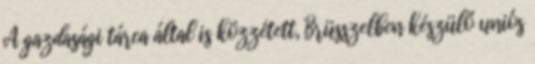
A gazdasági tárca által is közzétett, Brüsszelben készülő uniós